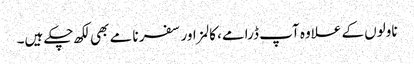
ناولوں کے علاوہ آپ ڈرامے، کالمز اور سفر نامے بھی لکھ چکے ہیں۔